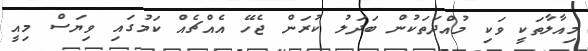
މިއާލާތަކީ ވަކި މުއްދަތަކުން ބަދަލު ކުރަން ޖެހޭ އެއްޗެއް ކަމުގައި ވިޔަސް މިއީ